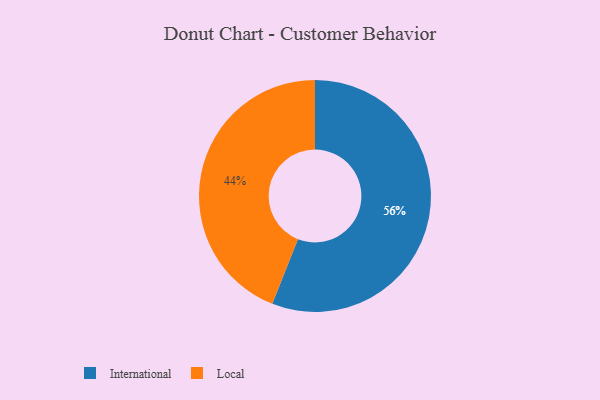
{"axis": {"x": "Category", "y": "Percentage"}, "legend": ["International", "Local"], "data": [{"x": "Local", "y": 44, "type": "Local"}, {"x": "International", "y": 56, "type": "International"}]}